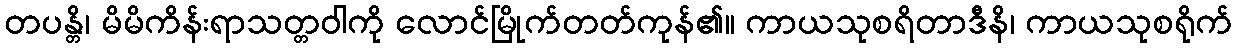
တပန္တိ၊ မိမိကိန်းရာသတ္တဝါကို လောင်မြိုက်တတ်ကုန်၏။ ကာယသုစရိတာဒီနိ၊ ကာယသုစရိုက်